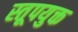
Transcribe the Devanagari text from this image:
स्तूपयुक्त